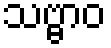
သဗ္ဗာဝ